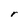
Character: r